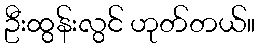
ဦးထွန်းလွင် ဟုတ်တယ်။